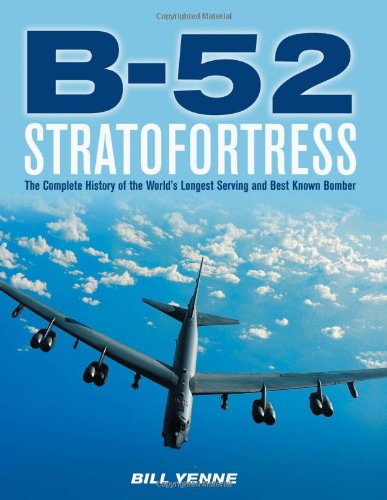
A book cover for B-52 Stratofortress: The Complete History of the World's Longest Serving and Best Known Bomber; Bill Yenne; Arts & Photography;